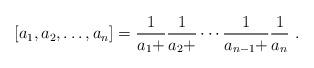
LaTeX: \begin{align*}[a_1,a_2,\ldots,a_n]=\frac{1}{a_1+}\frac{1}{a_2+}\cdots\frac{1}{a_{n-1}+}\frac{1}{a_n} \ .\end{align*}